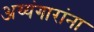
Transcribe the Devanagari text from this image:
अय्यंगारांना